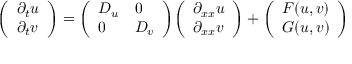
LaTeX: { \left( \begin{array} { l } { \partial _ { t } u } \\ { \partial _ { t } v } \end{array} \right) } = { \left( \begin{array} { l l } { D _ { u } } & { 0 } \\ { 0 } & { D _ { v } } \end{array} \right) } { \left( \begin{array} { l } { \partial _ { x x } u } \\ { \partial _ { x x } v } \end{array} \right) } + { \left( \begin{array} { l } { F ( u , v ) } \\ { G ( u , v ) } \end{array} \right) }